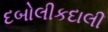
દબોલીકદાલી